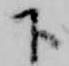
下